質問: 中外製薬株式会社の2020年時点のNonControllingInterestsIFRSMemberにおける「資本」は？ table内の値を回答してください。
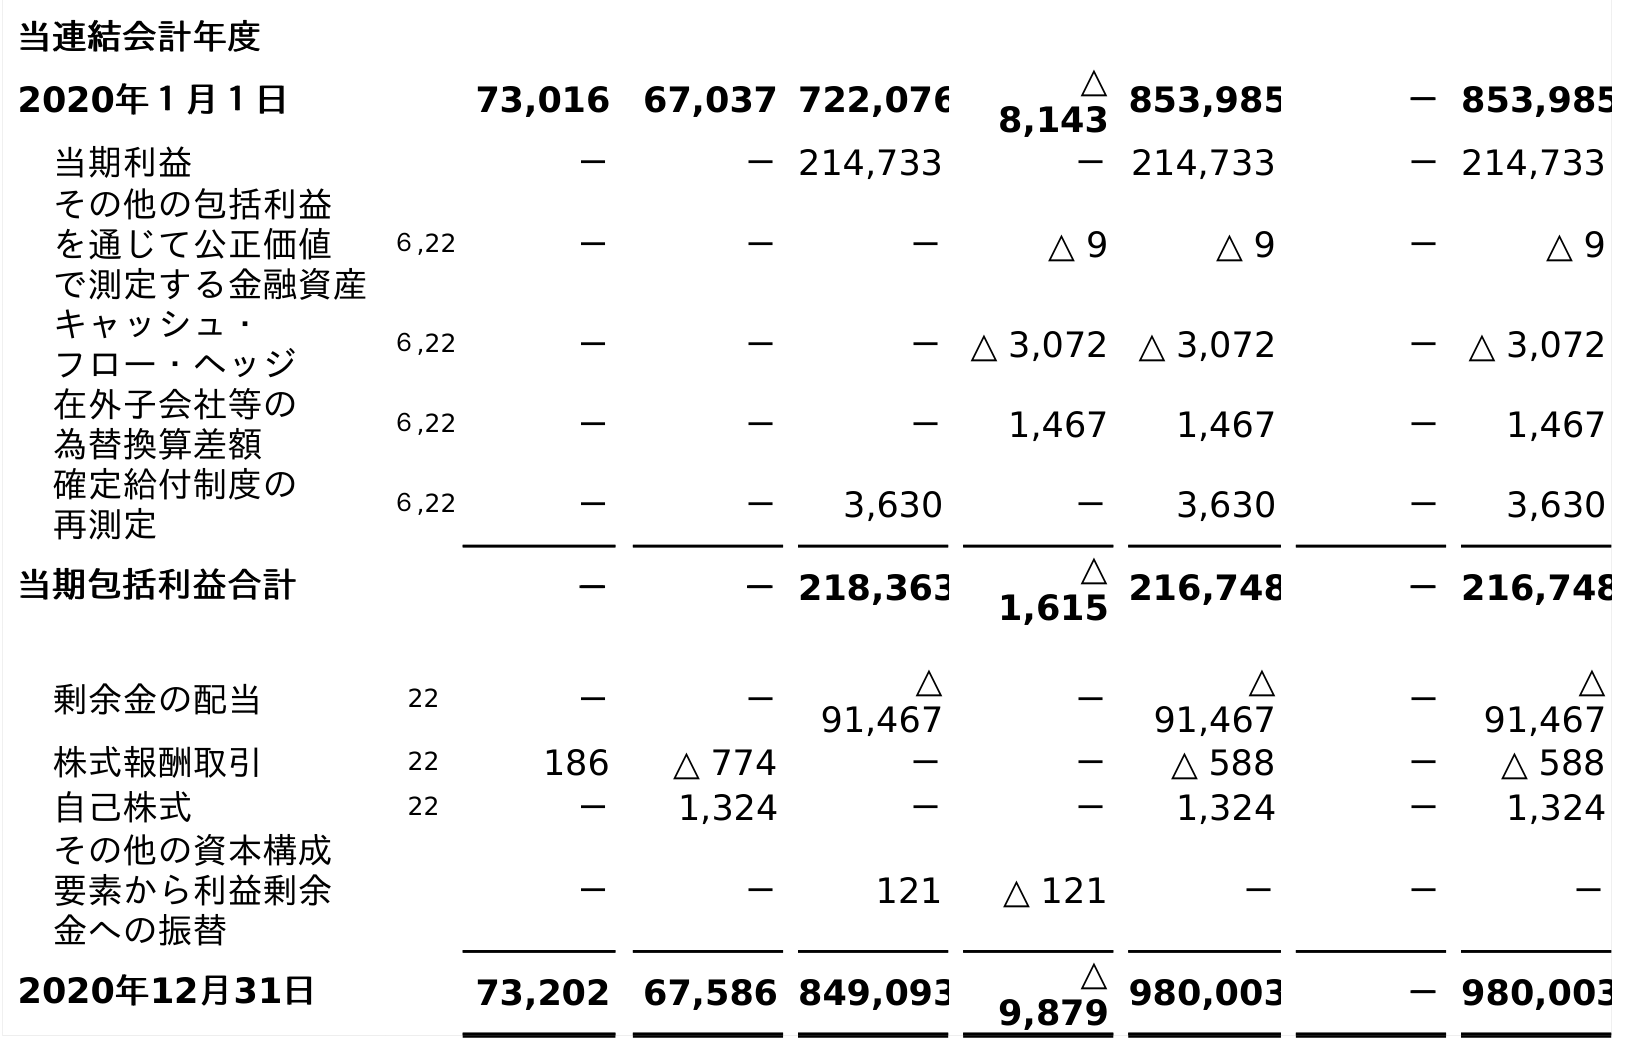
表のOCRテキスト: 当連結会計年度 2020年１月１日 73,016 67,037 722,076 △ 8,143 853,985 －853,985 当期利益 － －214,733 －214,733 －214,733 その他の包括利益 を通じて公正価値 で測定する金融資産 ６,22 － － － △ 9 △ 9 － △ 9 キャッシュ・ フロー・ヘッジ ６,22 － － －△ 3,072 △ 3,072 －△ 3,072 在外子会社等の 為替換算差額 ６,22 － － － 1,467 1,467 － 1,467 確定給付制度の 再測定 ６,22 － － 3,630 － 3,630 － 3,630 当期包括利益合計 － －218,363 △ 1,615 216,748 －216,748 剰余金の配当 22 － － △ 91,467 － △ 91,467 － △ 91,467 株式報酬取引 22 186 △ 774 － － △ 588 － △ 588 自己株式 22 － 1,324 － － 1,324 － 1,324 その他の資本構成 要素から利益剰余 金への振替 － － 121 △ 121 － － － 2020年12月31日 73,202 67,586 849,093 △ 9,879 980,003 －980,003
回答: －